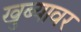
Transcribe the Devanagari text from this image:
खुब्यावर